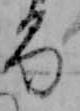
る